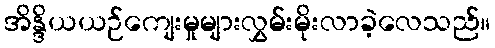
အိန္ဒိယယဉ်ကျေးမှုများလွှမ်းမိုးလာခဲ့လေသည်။